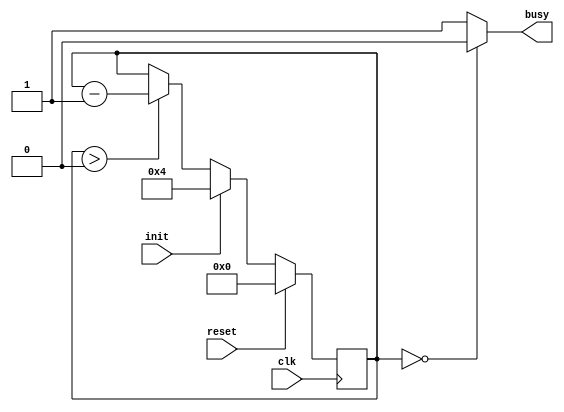
module seq_count(
	input clk,
	input reset,
	input init,
	output reg busy
);
	
	reg [3:0]a;

	always @(posedge clk) begin
		if(reset) a <= 0;
		else if (init) a <= 4;
		else if(a>0) a <= a-1;
	end

	always @(*) begin
		if(a==0) busy = 0;
		else busy = 1;
	end
endmodule